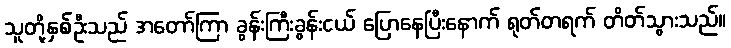
သူတို့နှစ်ဦးသည် အတော်ကြာ ခွန်းကြီးခွန်းငယ် ပြောနေပြီးနောက် ရုတ်တရက် တိတ်သွားသည်။